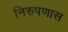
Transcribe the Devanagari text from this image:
निरुपणास